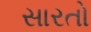
સારતો